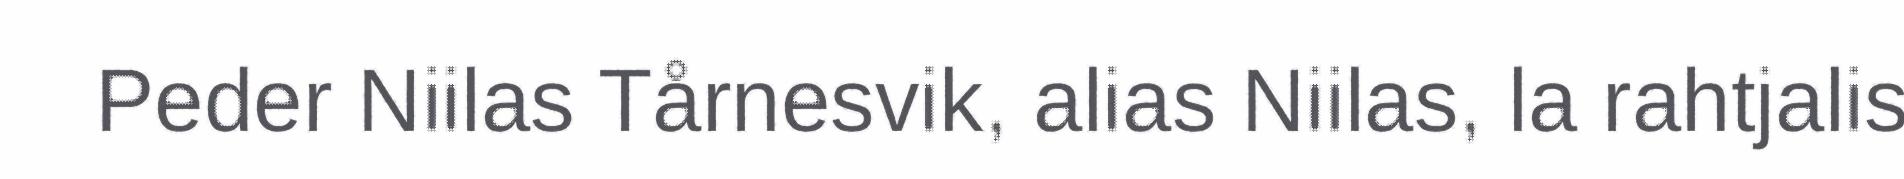
Peder Niilas Tårnesvik, alias Niilas, la rahtjalis